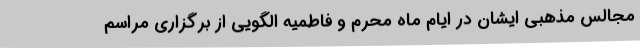
مجالس مذهبی ایشان در ایام ماه محرم و فاطمیه الگویی از برگزاری مراسم